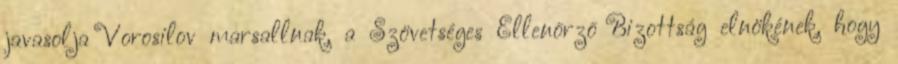
javasolja Vorosilov marsallnak, a Szövetséges Ellenõrzõ Bizottság elnökének, hogy